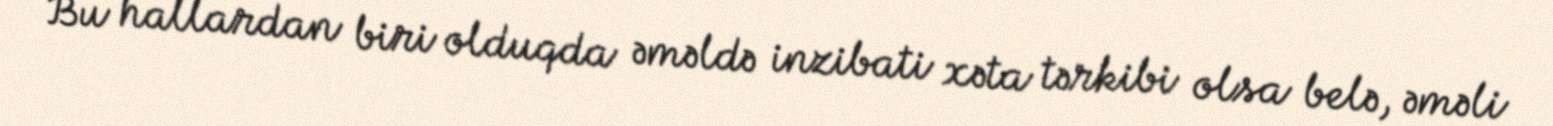
Bu hallardan biri olduqda əməldə inzibati xəta tərkibi olsa belə, əməli